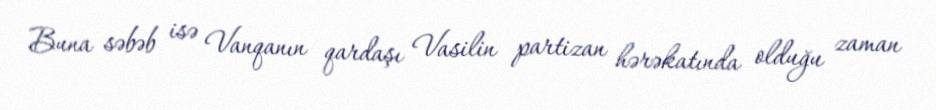
Buna səbəb isə Vanqanın qardaşı Vasilin partizan hərəkatında olduğu zaman